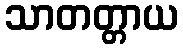
သာတတ္တာယ